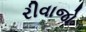
રીવાજો